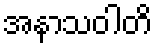
အနာသဝါတိ